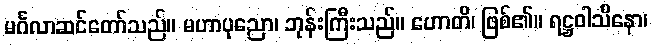
မင်္ဂလာဆင်တော်သည်။ မဟာပုညော၊ ဘုန်းကြီးသည်။ ဟောတိ၊ ဖြစ်၏။ ရဋ္ဌဝါသိနော၊